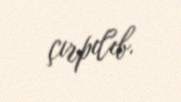
çırpılıb.